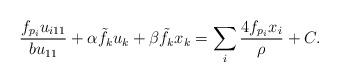
LaTeX: \begin{align*}\frac{f_{p_{i}}u_{i11}}{bu_{11}}+\alpha\tilde{f}_{k}u_{k}+\beta\tilde{f}_{k}x_{k}=\sum_{i}\frac{4f_{p_{i}}x_{i}}{\rho}+C.\end{align*}